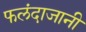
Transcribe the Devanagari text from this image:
फलंदाजानी